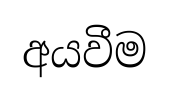
අයවීම